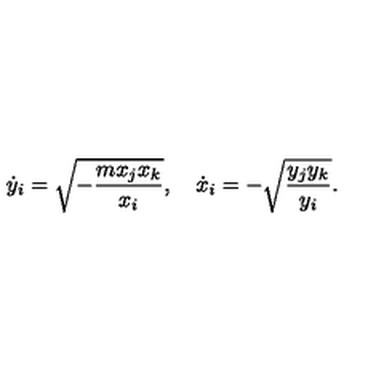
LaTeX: \dot { y } _ { i } = \sqrt { - { \frac { m x _ { j } x _ { k } } { x _ { i } } } } , \quad \dot { x } _ { i } = - \sqrt { { \frac { y _ { j } y _ { k } } { y _ { i } } } } .